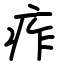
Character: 痄